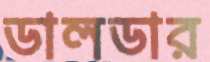
ডালডার